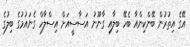
އޭގެ އިތުރުން ބޭންކިންއާ ބެހޭ ބިލާއި ގާނޫނު އަސާސީއަށް އިސްލާހް ގެނައުމުގެ ބިލުގެ